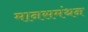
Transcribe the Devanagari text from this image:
मानसमंथन